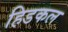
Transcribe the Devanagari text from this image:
हिडकल